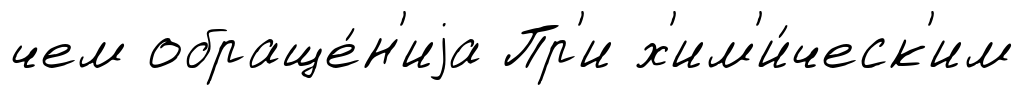
чем обраще́н'иjа Пр'и х'им'и́ческ'им